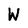
Character: W